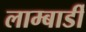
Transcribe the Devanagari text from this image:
लाम्बार्डी